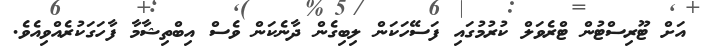
އަށް ޓޫރިސްޓުން ޓްރެވަލް ކުރުމުގައި ފަސޭހަކަން ލިބިގެން ދާނެކަން ވެސް އިބްތިޝާމާ ފާހަގަކުރެއްވިއެވެ.